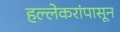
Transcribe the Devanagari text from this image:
हल्लेकरांपासून